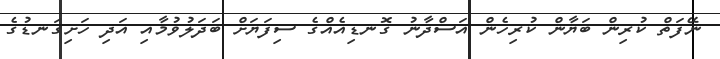
ނޭފަތް ކުރިން ބަޔާން ކުރިހެން އަސްދާނު ގޮނޑިއެއްގެ ސިފަޔަށް ބަދަލުވުމާއި އަދި ހަށިގަނޑުގެ